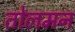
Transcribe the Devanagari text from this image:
तोलमन